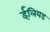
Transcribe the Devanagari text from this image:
ईलियड